Plague in India, 1896, 1897 - Volume 2
Year: 1896
Disease focus: Plague
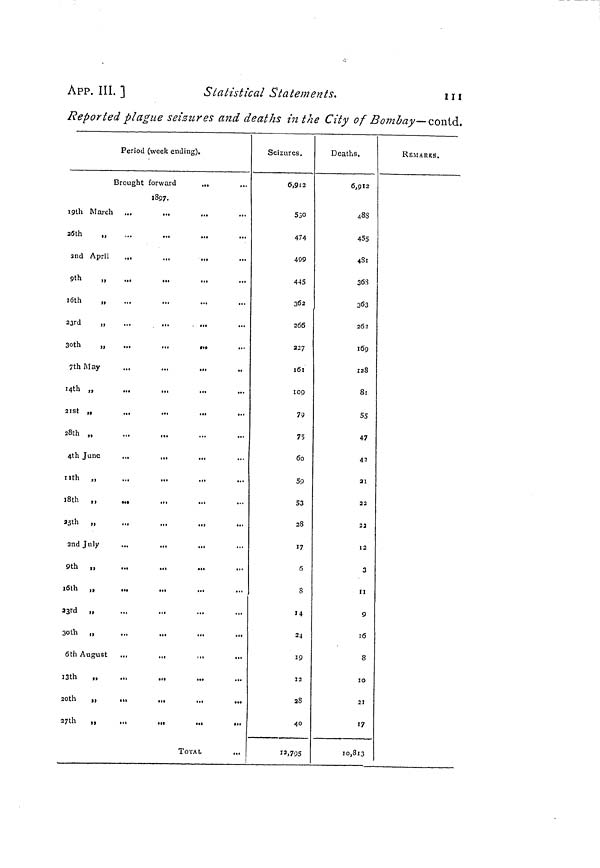
App. III. ]
Statistical Statements.
111
Reported plague seizures and deaths in the City of Bombay—contd.
Period (week ending).
Brought forward
...
...
1897.
19th March ...
...
,..
20th
„
2nd April
...
..,
...
9th
„
l0th
„
23rd
„
...
...
...
30th
„
...
...
,».
7th May
...
...
...
14th „
21st
„
...
...
28th „
4th June
...
,,.
...
11th „
18th „
25th „
2nd July
...
,,,
...
9th „
l0th „
,.,
...
23rd „
30th „
6th August
.,.
..,
13th „
.,.
...
20th
„
...
...
...
2th
„
TOTAL
Seizures.
6,912
530
474
499
445
362
266
227
161
109
79
75
60
59
53
28
17
6
8
14
24
19
12
28
40
12,795
Deaths.
6,912
488
455
481
368
363
262
169
128
81
55
47
42
21
22
22
12
3
11
9
16
8
10
21
17
10,813
REMARKS.